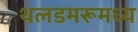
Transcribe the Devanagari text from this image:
थलडमरूमध्य